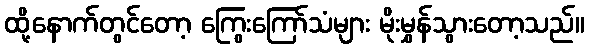
ထို့နောက်တွင်တော့ ကြွေးကြော်သံများ မိုးမွှန်သွားတော့သည်။